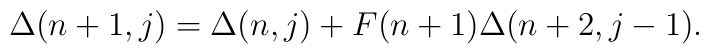
\Delta (n+1,j)=\Delta (n,j)+F(n+1)\Delta (n+2,j-1).